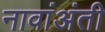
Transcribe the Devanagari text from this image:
नावांअंती